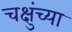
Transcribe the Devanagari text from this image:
चक्षुंच्या